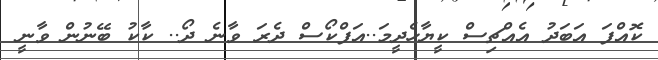
ކޮއްފަ އަބަދު އެއްޗިސް ކީޔާހެދީމަ..އަފްކޯސް ދެރަ ވާނެ ދޯ.. ކާކު ބޭނުން ވާނީ